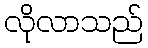
လိုလာသည်